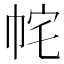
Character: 𭘝